Vaccination in Burma 1920-1933 - 1920-1933
Year: 1920
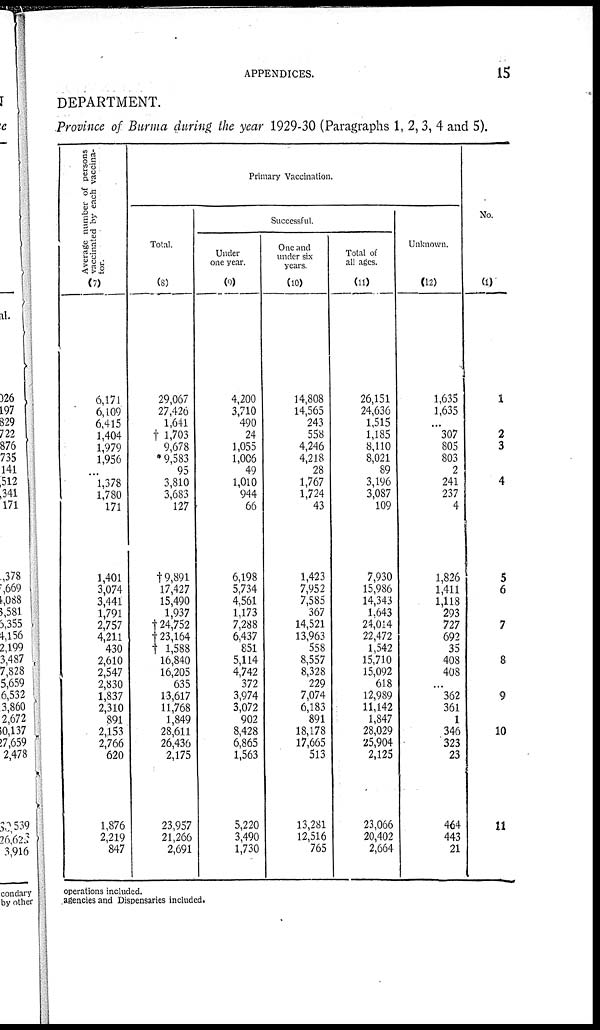
APPENDICES.
15
DEPARTMENT.
Province of Burma during the year 1929-30 (Paragraphs 1, 2, 3, 4 and 5).
Average number of persons
vaccinated by each vaccina-
tor.
(7)
6,171
6,109
6,415
1,404
1,979
1,956
...
1,378
1,780
171
1,401
3,074
3,441
1,791
2,757
4,211
430
2,610
2,547
2,830
1,837
2,310
891
2,153
2,766
620
1,876
2,219
847
Primary Vaccination.
Total.
(8)
29,067
27,426
1,641
† 1,703
9,678
* 9,583
95
3,810
3,683
127
†9,891
17,427
15,490
1,937
†24,752
† 23,164
† 1,588
16,840
16,205
635
13,617
11,768
1,849
28,611
26,436
2,175
23,957
21,266
2,691
Successful.
Under
one year.
(9)
4,200
3,710
490
24
1,055
1,006
49
1,010
944
66
6,198
5,734
4,561
1,173
7,288
6,437
851
5,114
4,742
372
3,974
3,072
902
8,428
6,865
1,563
5,220
3,490
1,730
One and
under six
years.
(10)
14,808
14,565
243
558
4,246
4,218
28
1,767
1,724
43
1,423
7,952
7,585
367
14,521
13,963
558
8,557
8,328
229
7,074
6,183
891
18,178
17,665
513
13,281
12,516
765
Total of
all ages.
(11)
26,151
24,636
1,515
1,185
8,110
8,021
89
3,196
3,087
109
7,930
15,986
14,343
1,643
24,014
22,472
1,542
15,710
15,092
618
12,989
11,142
1,847
28,029
25,904
2,125
23,066
20,402
2,664
Unknown.
(12)
1,635
1,635
...
307
805
803
2
241
237
4
1,826
1,411
1,118
293
727
692
35
408
408
...
362
361
1
346
323
23
464
443
21
No.
(1)
1
2
3
4
5
6
7
8
9
10
11
operations included.
agencies and Dispensaries included.